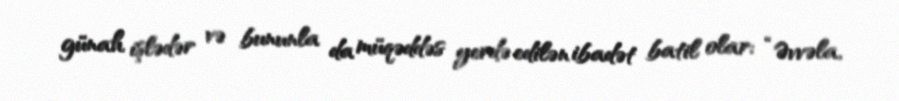
günah işlədər və bununla da müqəddəs yerdə edilən ibadət batil olar: “Əvvəla,